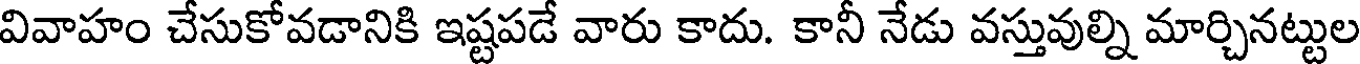
వివాహం చేసుకోవడానికి ఇష్టపడే వారు కాదు. కానీ నేడు వస్తువుల్ని మార్చినట్టుల